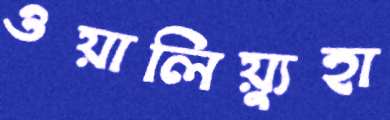
ওয়ালিয়্যুহা